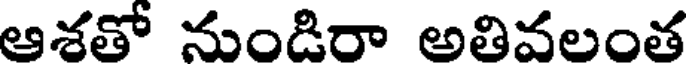
ఆశతో నుండిరా అలివలంత